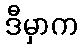
ဒီမှာက